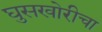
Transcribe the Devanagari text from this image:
घुसखोरीचा